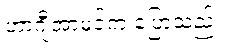
ဟာဂျီအာမင်က ပြောသည်။